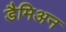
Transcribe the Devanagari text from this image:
डैमिअन